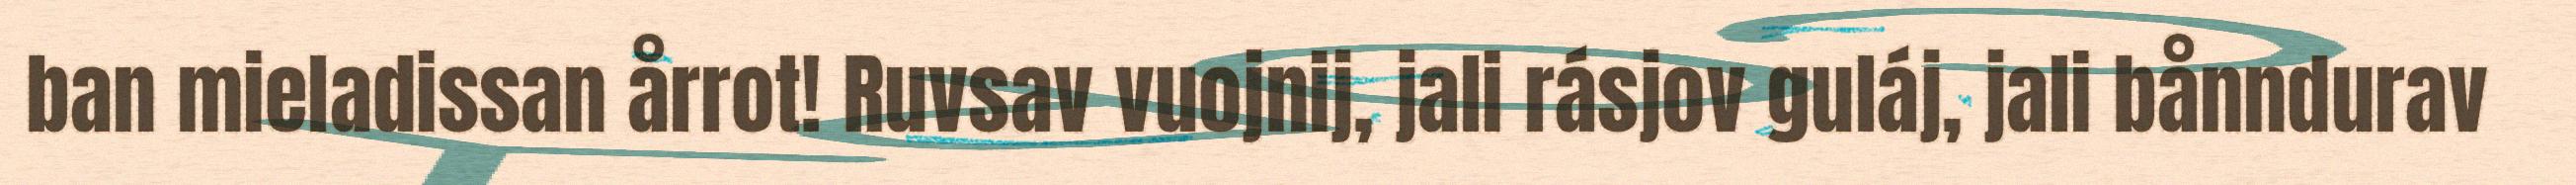
ban mieladissan årrot! Ruvsav vuojnij, jali rásjov guláj, jali bånndurav